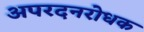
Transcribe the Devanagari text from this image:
अपरदनरोधक